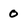
Character: 0